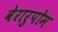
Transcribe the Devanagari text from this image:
वेरारुपोम